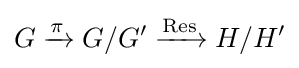
G\xrightarrow {\pi } G/G'\xrightarrow {\mathrm {Res} } H/H'